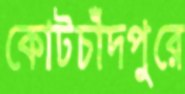
কোটচাঁদপুরে